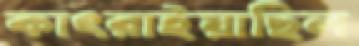
কাৎরাইয়াছিল